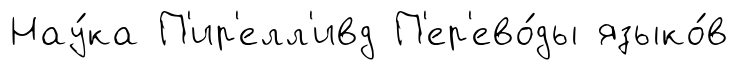
Нау́ка П'ир'елл'ивд П'ер'ево́ды языко́в